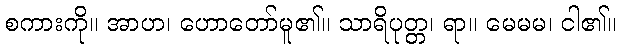
စကားကို။ အာဟ၊ ဟောတော်မူ၏။ သာရိပုတ္တ၊ ရာ။ မေမမ၊ ငါ၏။